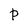
Character: P